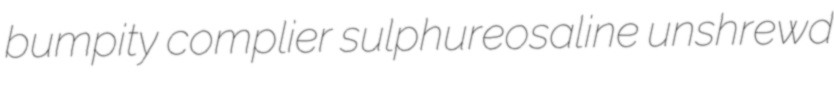
bumpity complier sulphureosaline unshrewd